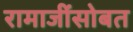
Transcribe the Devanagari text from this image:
रामाजींसोबत